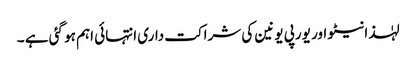
لہٰذا نیٹو اور یورپی یونین کی شراکت داری انتہائی اہم ہو گئی ہے ۔